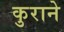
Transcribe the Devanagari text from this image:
कुराने